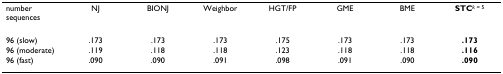
| number sequences | NJ | BIONJ | Weighbor | HGT/FP | GME | BME | STCk = 5 |
 | --- | --- | --- | --- | --- | --- | --- | --- |
 | 96 (slow) | .173 | .173 | .173 | .175 | .173 | .173 | .173 |
 | 96 (moderate) | .119 | .118 | .118 | .123 | .118 | .118 | .116 |
 | 96 (fast) | .090 | .090 | .091 | .098 | .091 | .090 | .090 |